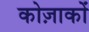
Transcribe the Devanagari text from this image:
कोज़ाकों